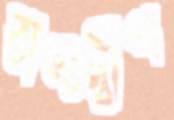
রাজদ্বীপ